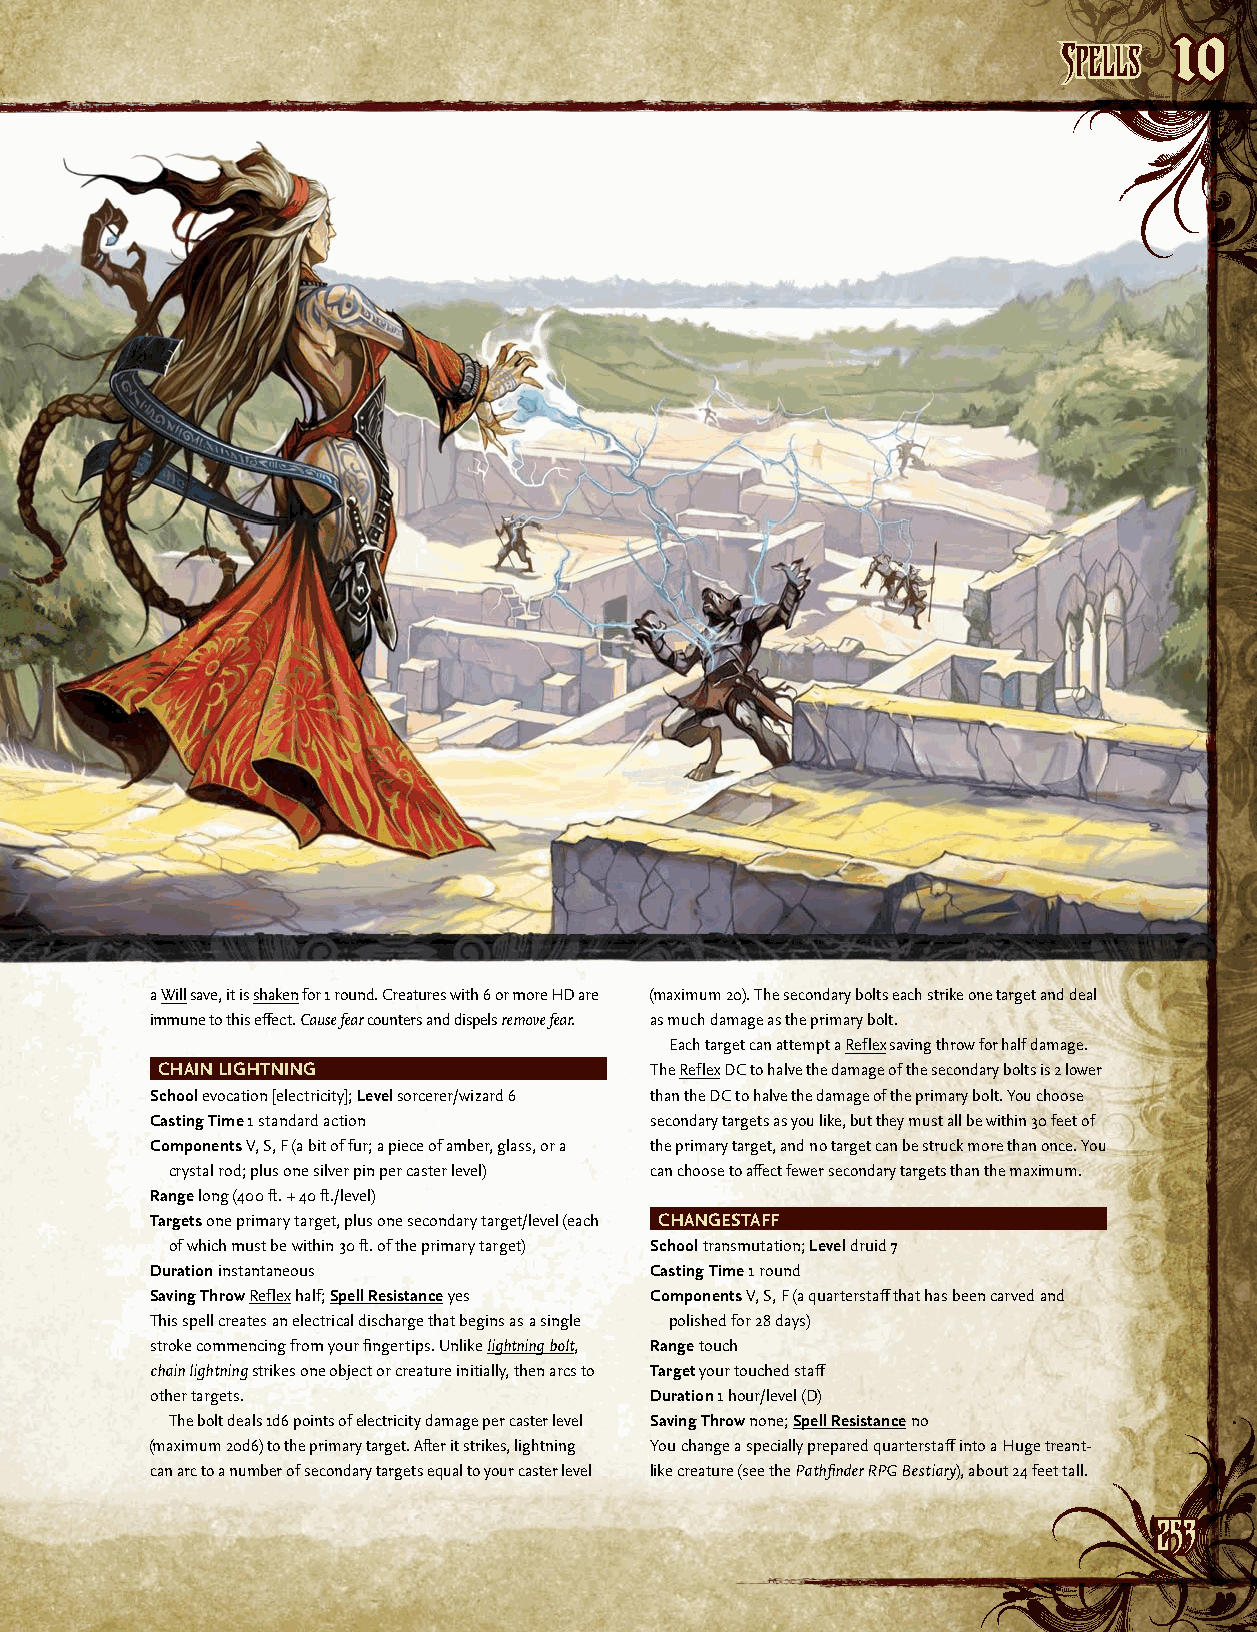
SSppeellllss
 10
 a Will save, it is shaken for 1 round. Creatures with 6 or more HD are (maximum 20). The secondary bolts each strike one target and deal
 immune to this effect. Cause fear counters and dispels remove fear. as much damage as the primary bolt.
 Each target can attempt a Reflex saving throw for half damage.
 CHAIN LIGHTNING                  The Reflex DC to halve the damage of the secondary bolts is 2 lower
 School evocation [electricity]; Level sorcerer/wizard 6 than the DC to halve the damage of the primary bolt. You choose
 Casting Time 1 standard action   secondary targets as you like, but they must all be within 30 feet of
 Components V, S, F (a bit of fur; a piece of amber, glass, or a the primary target, and no target can be struck more than once. You
 crystal rod; plus one silver pin per caster level) can choose to affect fewer secondary targets than the maximum.
 Range long (400 ft. + 40 ft./level)
 Targets one primary target, plus one secondary target/level (each CHANGESTAFF
 of which must be within 30 ft. of the primary target) School transmutation; Level druid 7
 Duration instantaneous           Casting Time 1 round
 Saving Throw Reflex half; Spell Resistance yes Components V, S, F (a quarterstaff that has been carved and
 This spell creates an electrical discharge that begins as a single polished for 28 days)
 stroke commencing from your fingertips. Unlike lightning bolt, Range touch
 chain lightning strikes one object or creature initially, then arcs to Target your touched staff
 other targets.                   Duration 1 hour/level (D)
 The bolt deals 1d6 points of electricity damage per caster level Saving Throw none; Spell Resistance no
 (maximum 20d6) to the primary target. After it strikes, lightning You change a specially prepared quarterstaff into a Huge treant-
 can arc to a number of secondary targets equal to your caster level like creature (see the Pathfinder RPG Bestiary), about 24 feet tall.
 225533